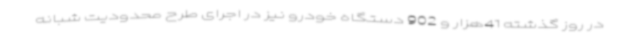
در روز گذشته 41هزار و 902 دستگاه خودرو نیز در اجرای طرح محدودیت شبانه